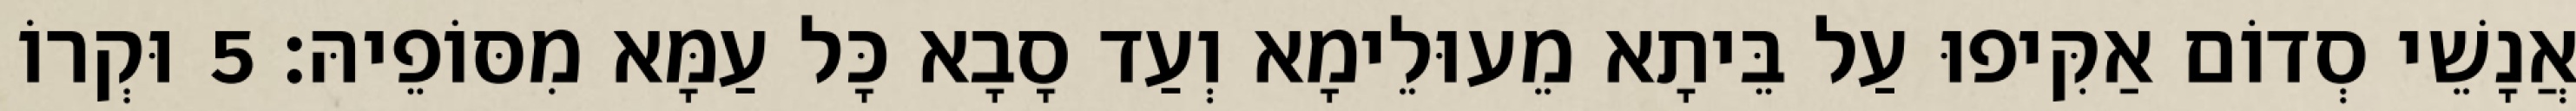
אֲנָשֵׁי סְדוֹם אַקִּיפוּ עַל בֵּיתָא מֵעוּלֵימָא וְעַד סָבָא כָּל עַמָּא מִסּוֹפֵיהּ׃ 5 וּקְרוֹ